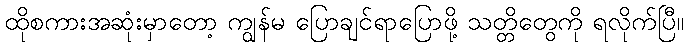
ထိုစကားအဆုံးမှာတော့ ကျွန်မ ပြောချင်ရာပြောဖို့ သတ္တိတွေကို ရလိုက်ပြီ။